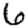
Digit: 6